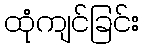
ထုံကျင်ခြင်း